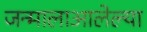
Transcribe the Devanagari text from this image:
जन्मालाआलेल्या